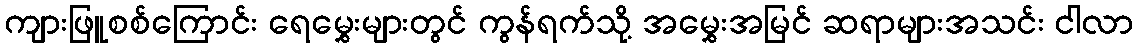
ကျားဖြူစစ်ကြောင်း ရေမွှေးများတွင် ကွန်ရက်သို့ အမွှေးအမြင် ဆရာများအသင်း ငါလာ